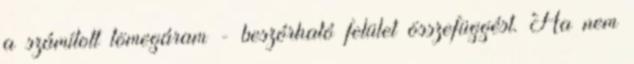
a számított tömegáram - beszórható felület összefüggést. Ha nem